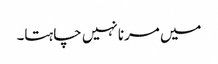
میں مرنا نہیں چاہتا۔